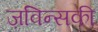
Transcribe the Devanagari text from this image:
ज़विन्सकी